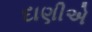
દાણીએ